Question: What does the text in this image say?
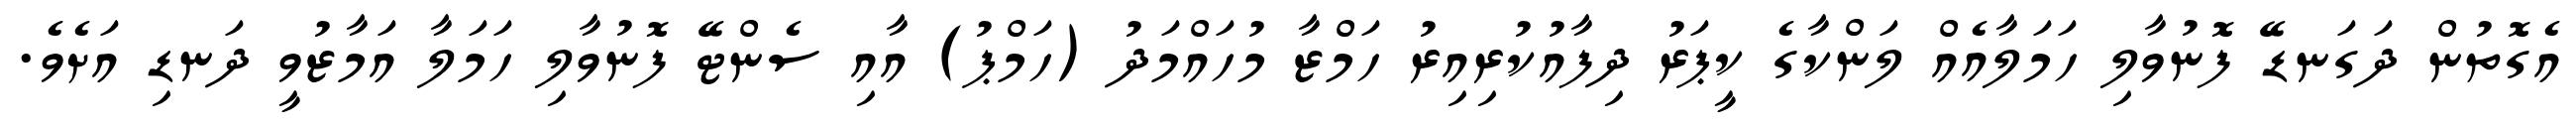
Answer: އެގޮތުން ދަގަނޑޭ ފޮނުވާލި ހަމަލާއެއް ލަންކާގެ ކީޕަރު ދިފާއުކުރިއިރު ހަމްޒާ މުހައްމަދު (ހަމްޕު) އާއި ސެންޓޭ ފޮނުވާލި ހަމަލާ އަމާޒުވީ ދަނޑި އަށެވެ.